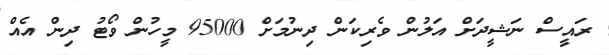
ރައީސް ނަޝީދަށް އަލުން ވެރިކަން ދިނުމަށް 95000 މީހުން ވޯޓު ދިން އެއް